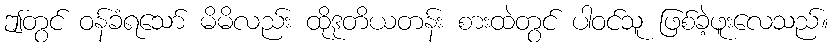
ဤတွင် ဝန်ခံရသော် မိမိလည်း ထိုဒုတိယတန်း စားထဲတွင် ပါဝင်သူ ဖြစ်ခဲ့ဖူးလေသည်။